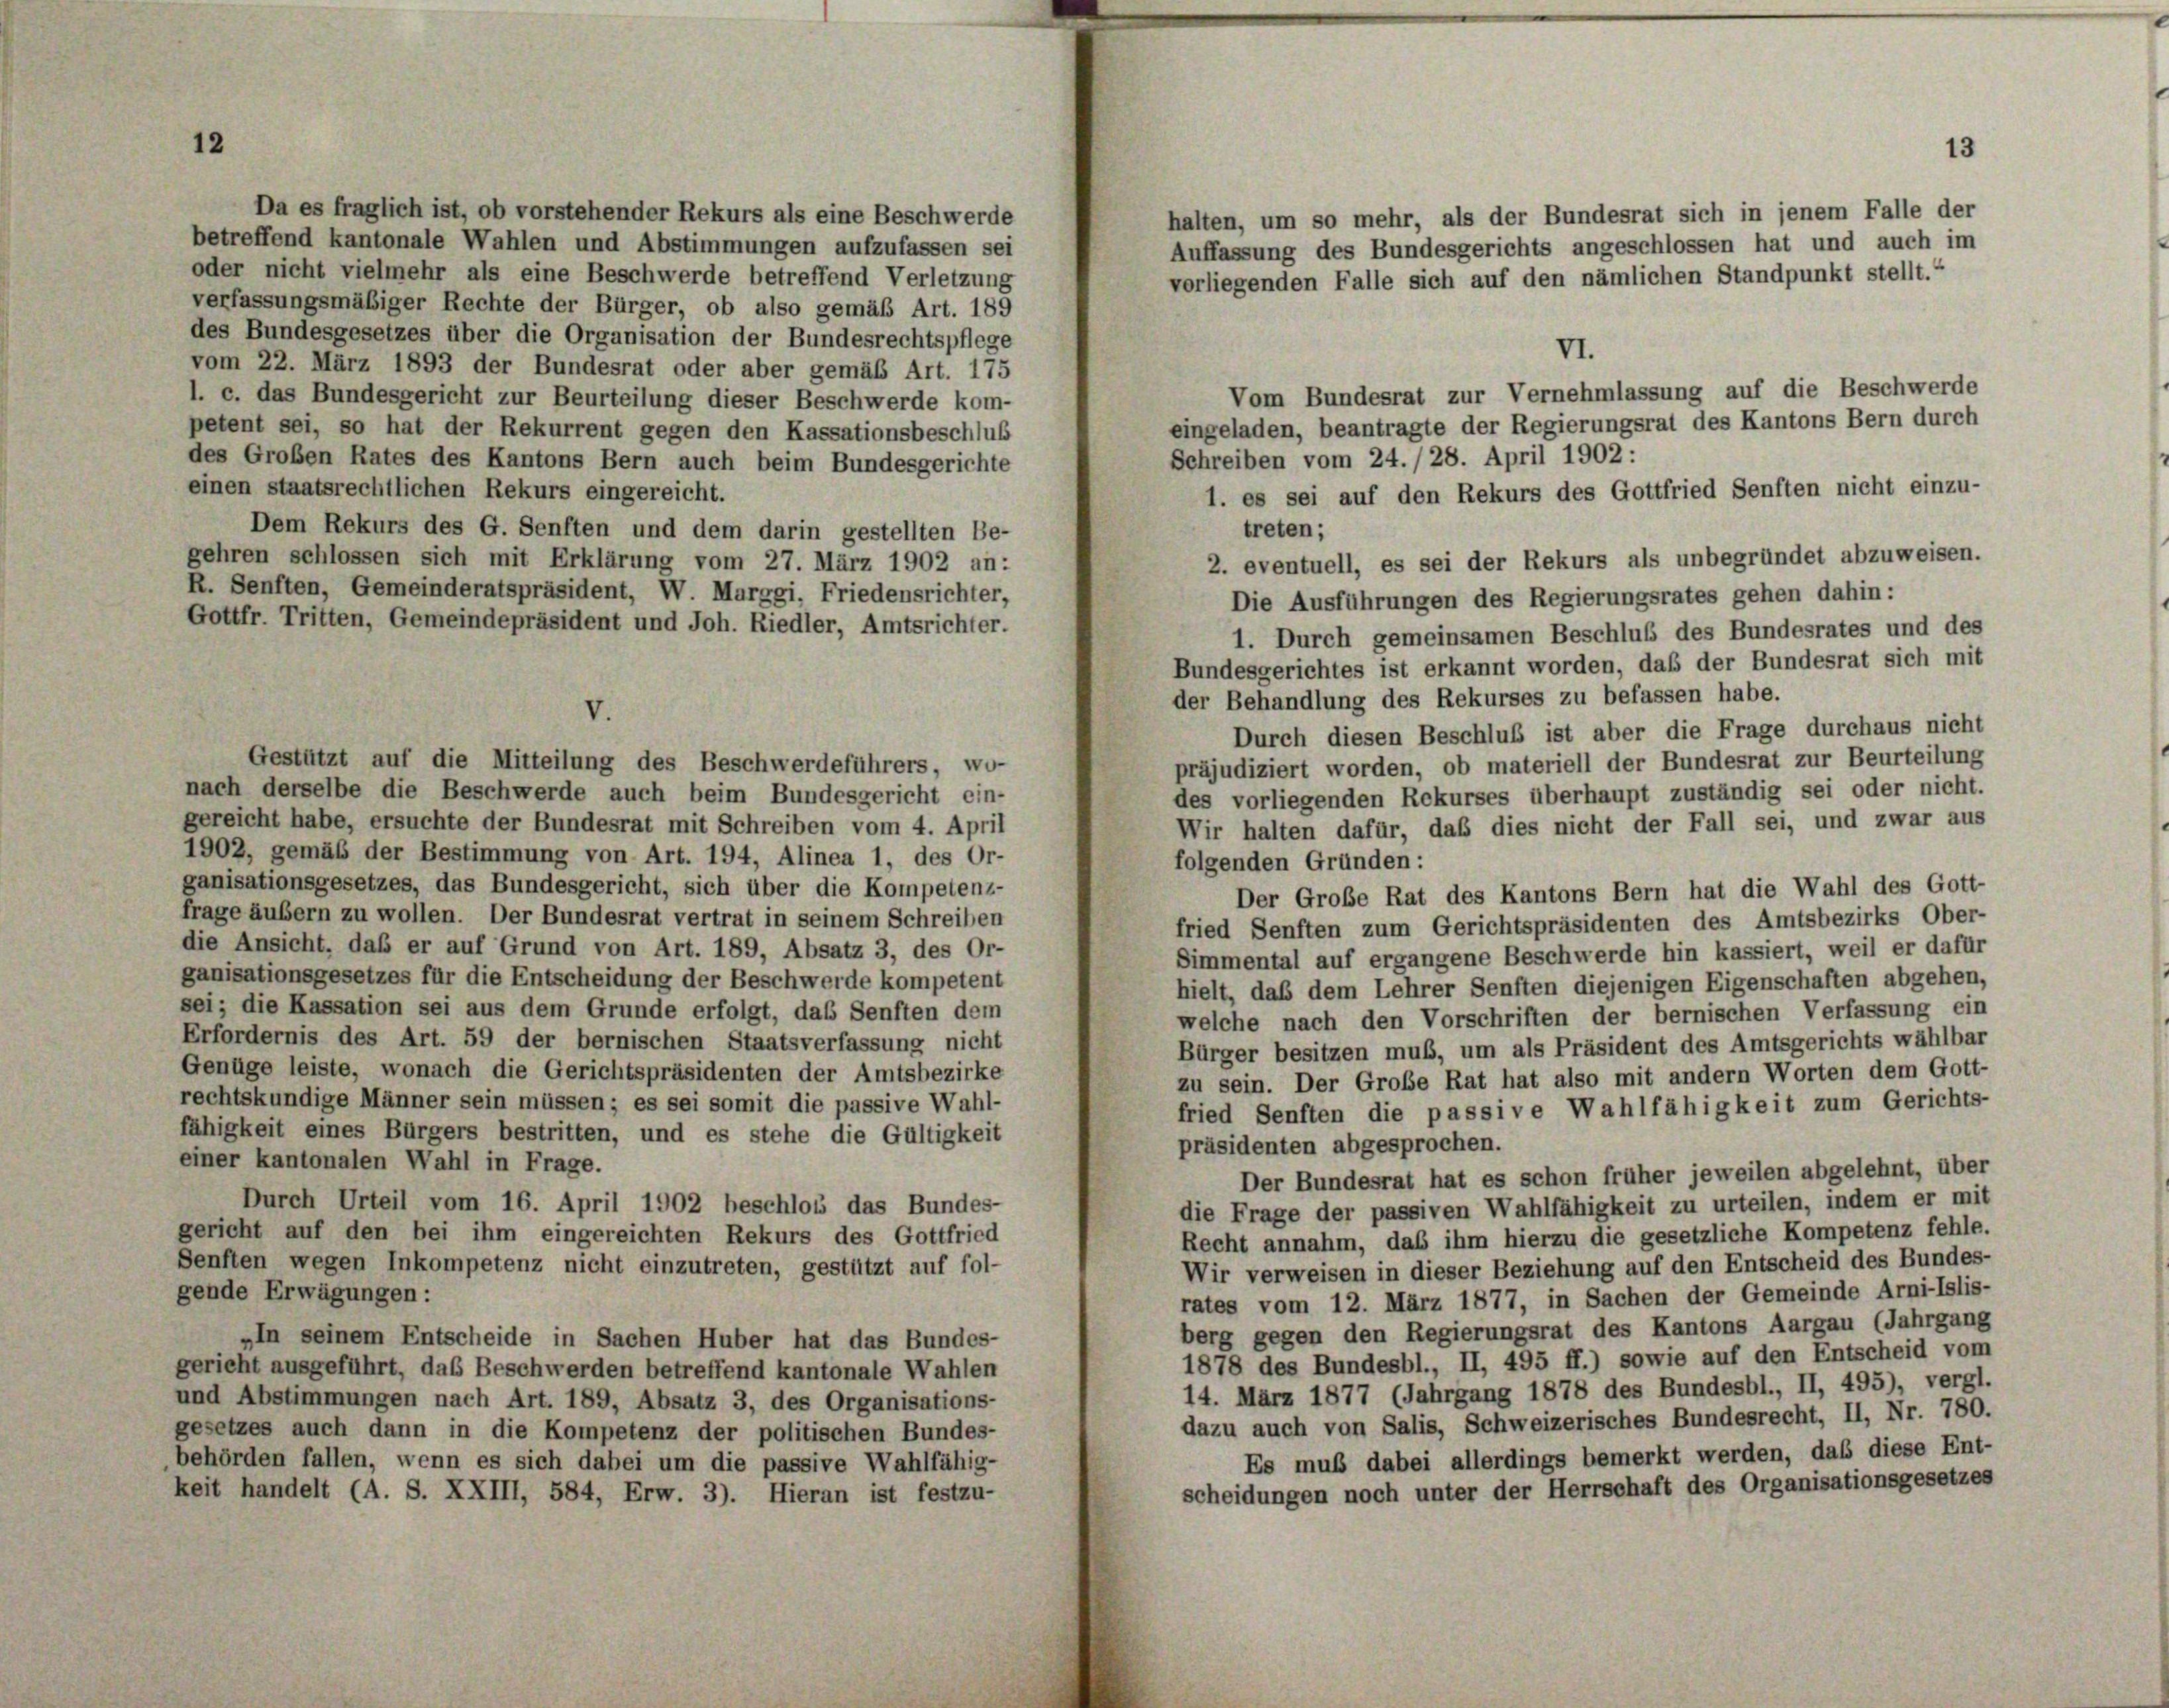
12

Da es fraglich ist, ob vorstehender Rekurs als eine Beschwerde
halten, um so mehr, als der Bundesrat sich in jenem Falle der
betreffend kantonale Wahlen und Abstimmungen aufzufassen sei
Auffassung des Bundesgerichts angeschlossen hat und auch im
oder nicht vielmehr als eine Beschwerde betreffend Verletzung
vorliegenden Falle sich auf den nämlichen Standpunkt stellt.“
verfassungsmäßiger Rechte der Bürger, ob also gemäß Art. 189
des Bundesgesetzes über die Organisation der Bundesrechtspflege
VI.
vom 22. März 1893 der Bundesrat oder aber gemäß Art. 175
Vom Bundesrat zur Vernehmlassung auf die Beschwerde
l. c. das Bundesgericht zur Beurteilung dieser Beschwerde kom-
eingeladen, beantragte der Regierungsrat des Kantons Bern durch
petent sei, so hat der Rekurrent gegen den Kassationsbeschluß
Schreiben vom 24. / 28. April 1902 :
des Großen Rates des Kantons Bern auch beim Bundesgerichte
einen staatsrechtlichen Rekurs eingereicht.
1. es sei auf den Rekurs des Gottfried Senften nicht einzu-
Dem Rekurs des G. Senften und dem darin gestellten Be-
treten;
gehren schlossen sich mit Erklärung vom 27. März 1902 an:
2. eventuell, es sei der Rekurs als unbegründet abzuweisen.
R. Senften, Gemeinderatspräsident, W. Marggi, Friedensrichter,
Die Ausführungen des Regierungsrates gehen dahin:
Gottfr. Tritten, Gemeindepräsident und Joh. Riedler, Amtsrichter.
1. Durch gemeinsamen Beschluß des Bundesrates und des
Bundesgerichtes ist erkannt worden, daß der Bundesrat sich mit
der Behandlung des Rekurses zu befassen habe.
Durch diesen Beschluß ist aber die Frage durchaus nicht
Gestützt auf die Mitteilung des Beschwerdeführers, wo-
präjudiziert worden, ob materiell der Bundesrat zur Beurteilung
nach derselbe die Beschwerde auch beim Bundesgericht ein-
des vorliegenden Rekurses überhaupt zuständig sei oder nicht.
gereicht habe, ersuchte der Bundesrat mit Schreiben vom 4. April
Wir halten dafür, daß dies nicht der Fall sei, und zwar aus
1902, gemäß der Bestimmung von Art. 194, Alinea 1, des Or-
folgenden Gründen:
ganisationsgesetzes, das Bundesgericht, sich über die Kompetenz-
Der Große Rat des Kantons Bern hat die Wahl des Gott-
frage äußern zu wollen. Der Bundesrat vertrat in seinem Schreiben
fried Senften zum Gerichtspräsidenten des Amtsbezirks Ober-
die Ansicht, daß er auf Grund von Art. 189, Absatz 3, des Or-
Simmental auf ergangene Beschwerde hin kassiert, weil er dafür
ganisationsgesetzes für die Entscheidung der Beschwerde kompetent
hielt, daß dem Lehrer Senften diejenigen Eigenschaften abgehen,
sei; die Kassation sei aus dem Grunde erfolgt, das Senften dem
welche nach den Vorschriften der bernischen Verfassung ein
Erfordernis des Art. 59 der bernischen Staatsverfassung nicht
Bürger besitzen muß, um als Präsident des Amtsgerichts wählbar
Genüge leiste, wonach die Gerichtspräsidenten der Amtsbezirke
zu sein. Der Große Rat hat also mit andern Worten dem Gott-
rechtskundige Männer sein müssen; es sei somit die passive Wahl-
fried Senften die passive Wahlfähigkeit zum Gerichts-
fähigkeit eines Bürgers bestritten, und es stehe die Gültigkeit
präsidenten abgesprochen.
einer kantonalen Wahl in Frage.
Der Bundesrat hat es schon früher jeweilen abgelehnt, über
Durch Urteil vom 16. April 1902 beschloss das Bundes-
die Frage der passiven Wahlfähigkeit zu urteilen, indem er mit
gericht auf den bei ihm eingereichten Rekurs des Gottfried
Recht annahm, das ihm hierzu die gesetzliche Kompetenz fehle.
Senften wegen Inkompetenz nicht einzutreten, gestützt auf fol-
Wir verweisen in dieser Beziehung auf den Entscheid des Bundes-
gende Erwägungen:
rates vom 12. März 1877, in Sachen der Gemeinde Arni-Islis-
berg gegen den Regierungsrat des Kantons Aargau (Jahrgang
„In seinem Entscheide in Sachen Huber hat das Bundes-
1878 des Bundesbl., II, 495 ff.) sowie auf den Entscheid vom
gericht ausgeführt, das Beschwerden betreffend kantonale Wahlen
14. März 1877 (Jahrgang 1878 des Bundesbl., II, 495), vergl
und Abstimmungen nach Art. 189, Absatz 3, des Organisations-
dazu auch von Salis, Schweizerisches Bundesrecht, II, Nr. 780.
gesetzes auch dann in die Kompetenz der politischen Bundes-
Es muß dabei allerdings bemerkt werden, daß diese Ent-
behörden fallen, wenn es sich dabei um die passive Wahlfähig-
scheidungen noch unter der Herrschaft des Organisationsgesetzes
keit handelt (A. S. XXIII, 584, Erw. 3). Hieran ist festzu-

V.

13